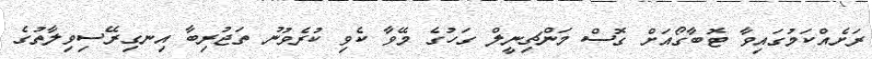
ރަށެއްކަމުގައިވާ ޓޮބާގޯއަށް ގޮސް މަންޗިނީލް ގަހުގެ މޭވާ ކެވި ކުރެވުނު ތަޖުރިބާ އިނގިރޭސިވިލާތުގެ